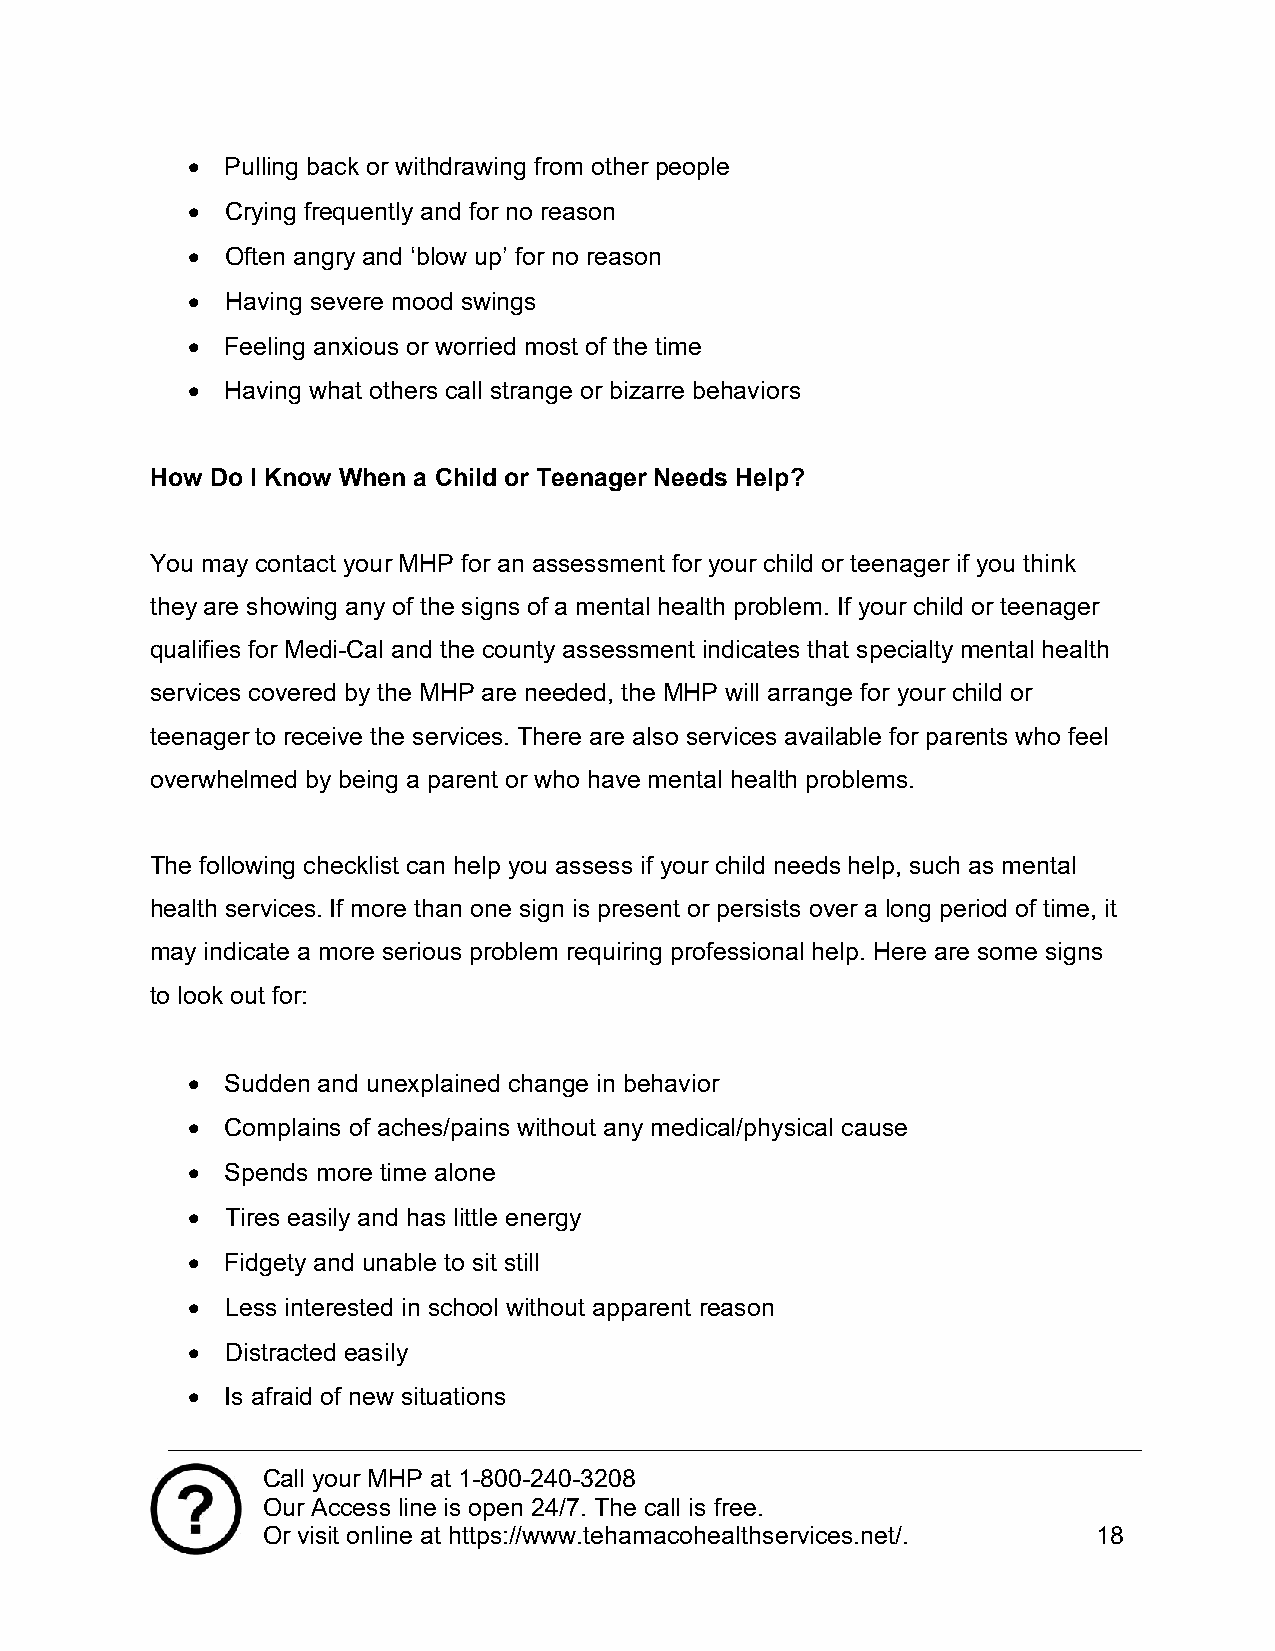
  Pulling back or withdrawing from other people
   Crying frequently and for no reason
   Often angry and ‘blow up’ for no reason
   Having severe mood swings
   Feeling anxious or worried most of the time
   Having what others call strange or bizarre behaviors
 How Do I Know When a Child or Teenager Needs Help?
 You may contact your MHP for an assessment for your child or teenager if you think
 they are showing any of the signs of a mental health problem. If your child or teenager
 qualifies for Medi-Cal and the county assessment indicates that specialty mental health
 services covered by the MHP are needed, the MHP will arrange for your child or
 teenager to receive the services. There are also services available for parents who feel
 overwhelmed by being a parent or who have mental health problems.
 The following checklist can help you assess if your child needs help, such as mental
 health services. If more than one sign is present or persists over a long period of time, it
 may indicate a more serious problem requiring professional help. Here are some signs
 to look out for:
   Sudden and unexplained change in behavior
   Complains of aches/pains without any medical/physical cause
   Spends more time alone
   Tires easily and has little energy
   Fidgety and unable to sit still
   Less interested in school without apparent reason
   Distracted easily
   Is afraid of new situations
 Call your MHP at 1-800-240-3208
 Our Access line is open 24/7. The call is free.
 Or visit online at https://www.tehamacohealthservices.net/. 18